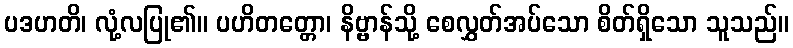
ပဒဟတိ၊ လုံ့လပြု၏။ ပဟိတတ္တော၊ နိဗ္ဗာန်သို့ စေလွှတ်အပ်သော စိတ်ရှိသော သူသည်။